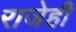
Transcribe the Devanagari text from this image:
राजेही